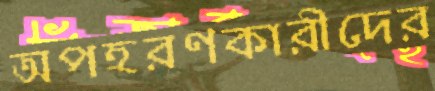
অপহরণকারীদের